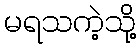
မရသကဲ့သို့